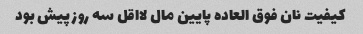
کیفیت نان فوق العاده پایین مال لااقل سه روز پیش بود